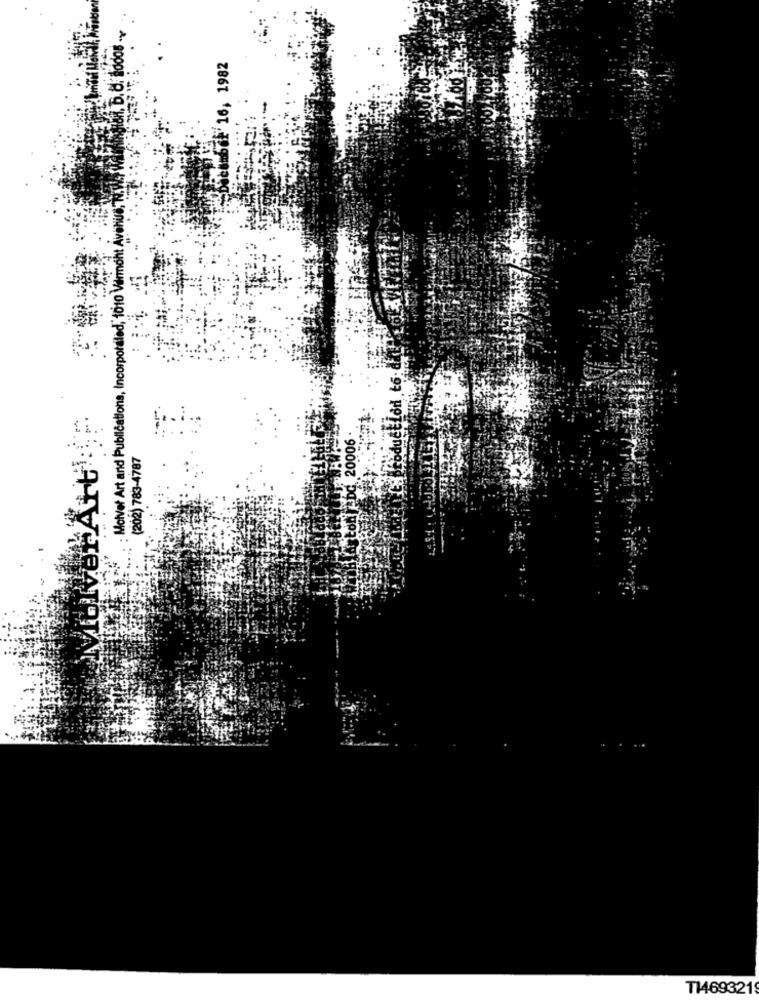
H. B. O. 0006 -Y
tobef 16, 1982
: Molvet Art and Publications, Incorporaled, 1010 Vermoht
(202) 783-4787
T14693219